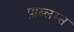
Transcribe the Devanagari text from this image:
प्राब्लम्स